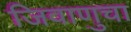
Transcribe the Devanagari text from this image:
जिवाणुचा